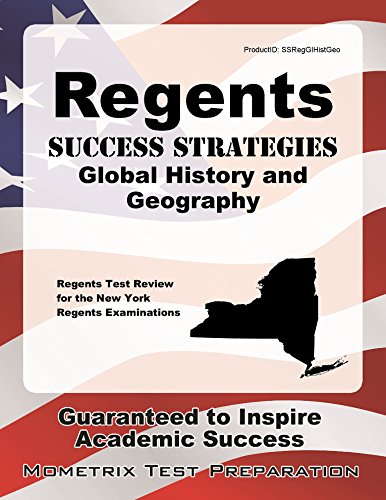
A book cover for Regents Success Strategies Global History and Geography Study Guide: Regents Test Review for the New York Regents Examinations; Regents Exam Secrets Test Prep Team; Test Preparation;